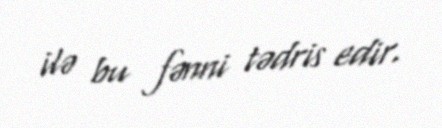
ilə bu fənni tədris edir.